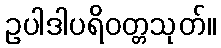
ဥပါဒါပရိဝတ္တသုတ်။